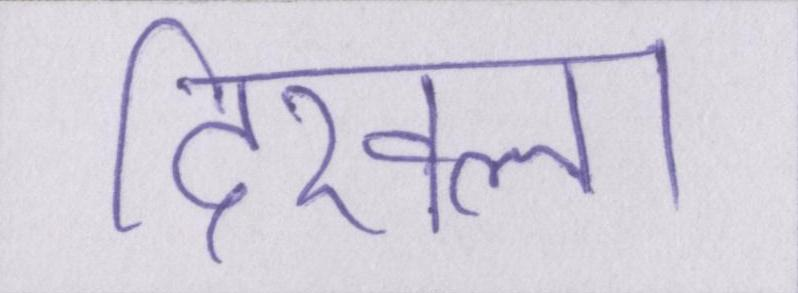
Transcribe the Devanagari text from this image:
दिखला